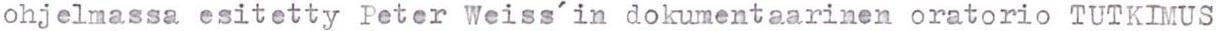
ohjelmassa esitetty Peter Weiss'in dokumentaarinen oratorio TUTKIMUS